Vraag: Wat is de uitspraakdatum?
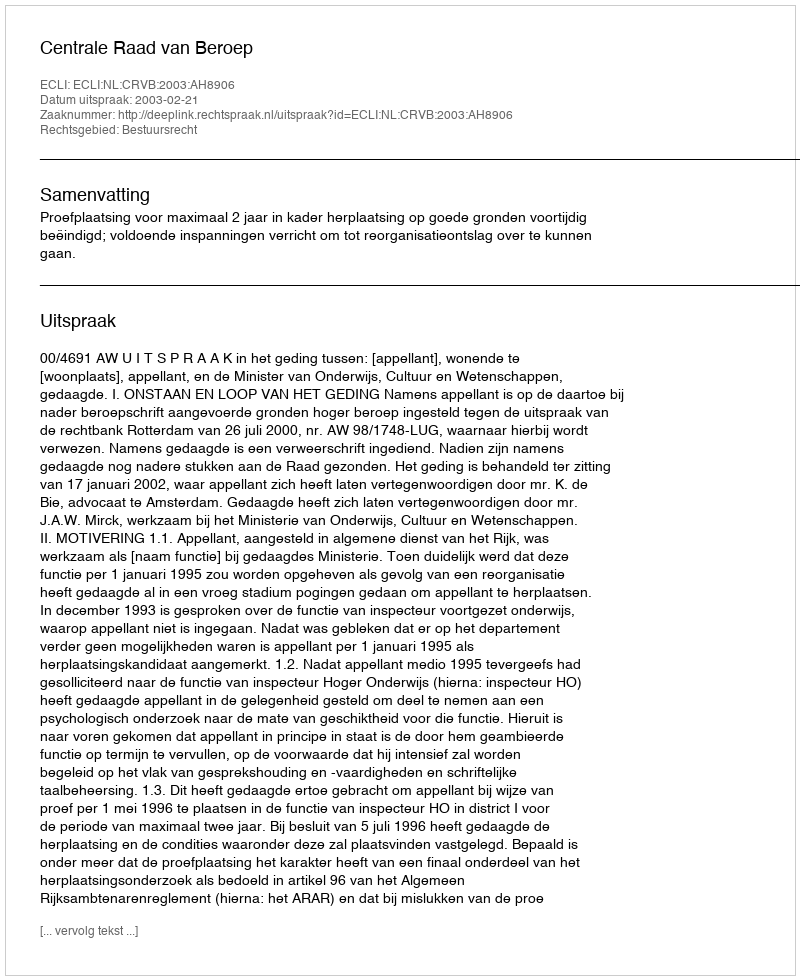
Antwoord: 2003-02-21